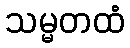
သမ္မတထံ